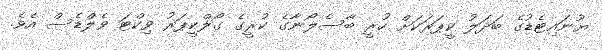
ޔުނައިޓެޑުގެ ބަދަލު ކީޕަރަކަށް ހުރީ ބާސެލޯނާގެ ކުރީގެ ގޯލްކީޕަރު ވިކްޓަ ވެލްޑެސް އެވެ.